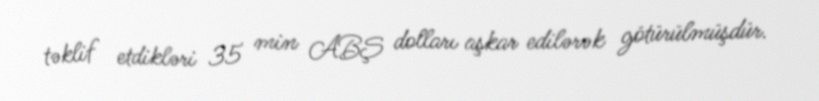
təklif etdikləri 35 min ABŞ dolları aşkar edilərək götürülmüşdür.